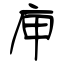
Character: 庘